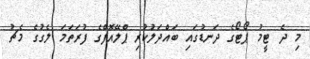
މި ދެ ޓީމު ޕޯޓޯގެ ދަނޑުގައި ބައްދަލުކުރި ޕްލޭއޮފްގެ ފުރަތަމަ ލެގުގެ މެޗު